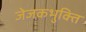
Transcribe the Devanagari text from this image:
जेजकभुक्ति